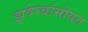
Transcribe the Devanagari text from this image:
झवेरबांसोबत